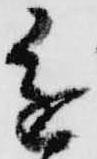
進